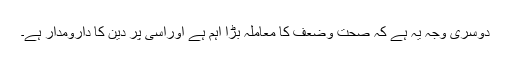
دوسری وجہ یہ ہے کہ صحت وضعف کا معاملہ بڑا اہم ہے اوراسی پر دین کا دارومدار ہے۔